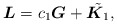
\begin{gather*}\boldsymbol{L}=c_1 \boldsymbol{G}+\tilde{\boldsymbol{K}_1},\end{gather*}